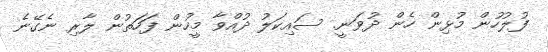
ފުލުހުން މުޅިން ހެން ދުވަނީ. ސައިކަލު ދުއްވާ މީހުން ފަހަތުން ލާރި ނެގޭނެ